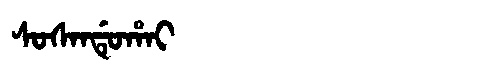
Manchu: ᠰᠣᠰᠠᠨᡩᡠᡥᠠᡳ
Romanization: SOSANDUHAI